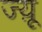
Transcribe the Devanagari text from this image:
ज्य़ू